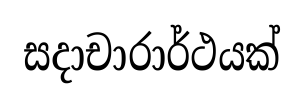
සදාචාරාර්ථයක්